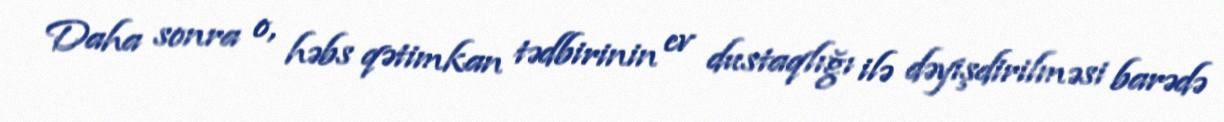
Daha sonra o, həbs qətimkan tədbirinin ev dustaqlığı ilə dəyişdirilməsi barədə